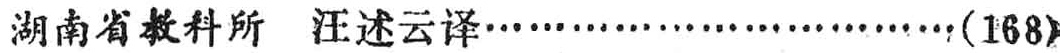
湖南省教科所 汪述云译\ldots\ldots\ldots\ldots\ldots\ldots\ldots\ldots\ldots(168)